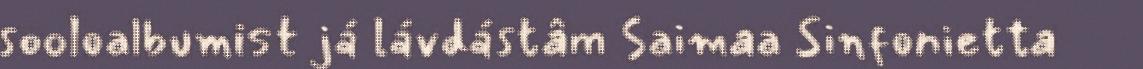
sooloalbumist já lávdástâm Saimaa Sinfonietta